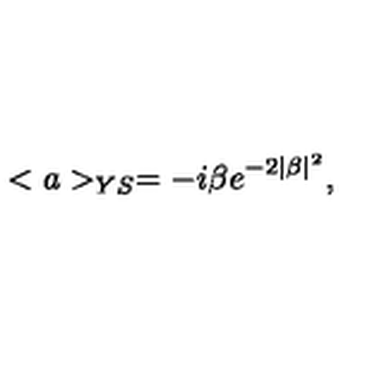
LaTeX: < a > _ { Y S } = - i \beta e ^ { - 2 \mid \beta \mid ^ { 2 } } ,